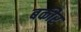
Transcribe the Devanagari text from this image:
बकीर